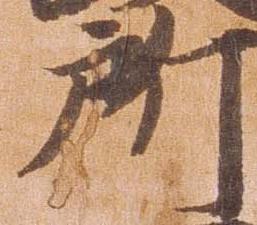
所